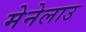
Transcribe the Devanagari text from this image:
मेनेलाउ